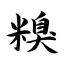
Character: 糗